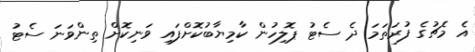
އެ މެޗުގެ ފުރަތަމަ ދެ ސެޓު ޕޮލިހުން ކާމިޔާބުކޮށްފައި ވަނިކޮށް ތިންވަނަ ސެޓު